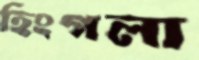
হিংগলা